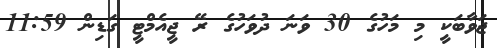
ޖަވާބަކީ މި މަހުގެ 30 ވަނަ ދުވަހުގެ ރޭ ޖީއެމްޓީ ގަޑިން 11:59